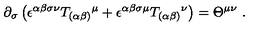
\partial _ { \sigma } \left( \epsilon ^ { \alpha \beta \sigma \nu } T _ { ( \alpha \beta ) } { } ^ { \mu } + \epsilon ^ { \alpha \beta \sigma \mu } T _ { ( \alpha \beta ) } { } ^ { \nu } \right) = \Theta ^ { \mu \nu } \ .